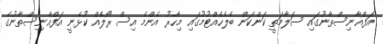
އަފްޣާނިސްތާނުގައި ސަލާމަތީ ކަންކަން ބެލެހެއްޓުމުގައި މިހާރު އެންމެ އިސް ރޯލެއް ކުޅެނީ އަފްޣާނިސްތާނުގެ